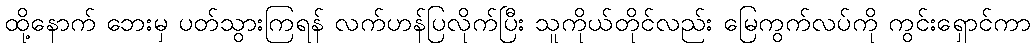
ထို့နောက် ဘေးမှ ပတ်သွားကြရန် လက်ဟန်ပြလိုက်ပြီး သူကိုယ်တိုင်လည်း မြေကွက်လပ်ကို ကွင်းရှောင်ကာ